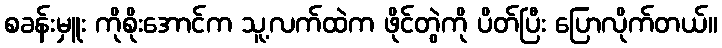
စခန်းမှူး ကိုစိုးအောင်က သူ့လက်ထဲက ဖိုင်တွဲကို ပိတ်ပြီး ပြောလိုက်တယ်။